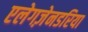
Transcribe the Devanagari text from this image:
एलेगज़ेनडरिया